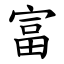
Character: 富